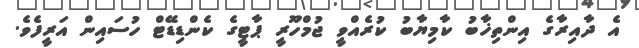
އެ ދާއިރާގެ އިންތިޚާބު ކާމިޔާބު ކުރެއްވީ ޖުމްހޫރީ ޕާޓީގެ ކެންޑިޑޭޓް ހުސައިން އަރީފެވެ.